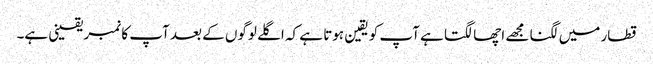
قطار میں لگنا مجھے اچھا لگتا ہے آپ کو یقین ہوتا ہے کہ اگلے لوگوں کے بعد آپ کا نمبر یقینی ہے۔